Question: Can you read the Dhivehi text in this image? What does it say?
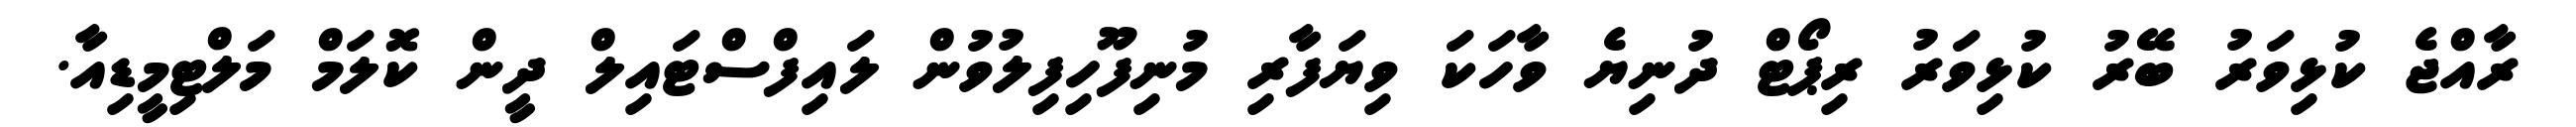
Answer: ރާއްޖެ ކުޅިވަރު ބޭރު ކުޅިވަރު ރިޕޯޓް ދުނިޔެ ވާހަކަ ވިޔަފާރި މުނިފޫހިފިލުވުން ލައިފްސްޓައިލް ދީން ކޮލަމް މަލްޓިމީޑިއާ.